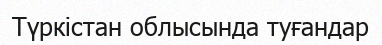
Түркістан облысында туғандар